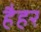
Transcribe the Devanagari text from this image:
हैहर